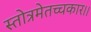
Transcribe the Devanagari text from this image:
स्तोत्रमेतच्चकार।।